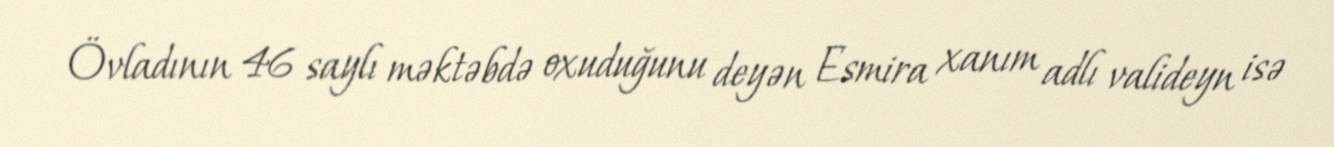
Övladının 46 saylı məktəbdə oxuduğunu deyən Esmira xanım adlı valideyn isə